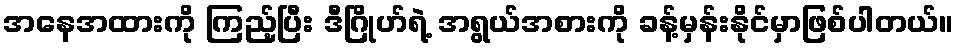
အနေအထားကို ကြည့်ပြီး ဒီဂြိုဟ်ရဲ့ အရွယ်အစားကို ခန့်မှန်းနိုင်မှာဖြစ်ပါတယ်။